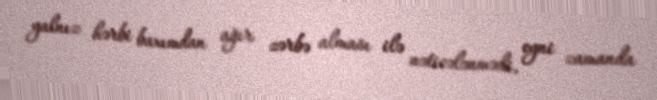
yalnız hərbi baxımdan ağır zərbə alması ilə nəticələnmədi, eyni zamanda